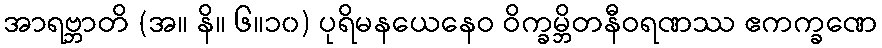
အာရဗ္ဘာတိ (အ။ နိ။ ၆။၁၀) ပုရိမနယေနေဝ ဝိက္ခမ္ဘိတနီဝရဏဿ ဧကက္ခဏေ